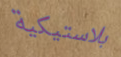
بلاستيكية